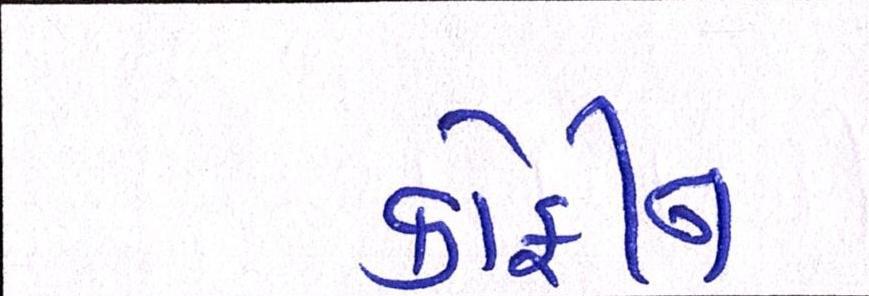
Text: કોફીન